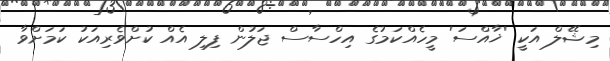
މިޝޭލް އަކީ 'ޚާއްސަ' މީހެއްކަމުގެ އިހްސާސް ޖަލުން ފިލި އެއް ކުށްވެރިއަކު ކަމަށްވާ